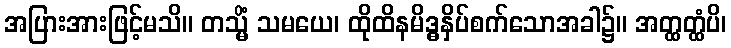
အပြားအားဖြင့်မသိ။ တသ္မိံ သမယေ၊ ထိုထိနမိဒ္ဓနှိပ်စက်သောအခါ၌။ အတ္ထတ္ထံပိ၊